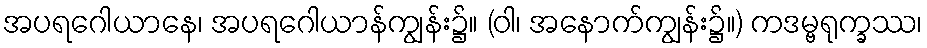
အပရဂေါယာနေ၊ အပရဂေါယာန်ကျွန်း၌။ (ဝါ၊ အနောက်ကျွန်း၌။) ကဒမ္ဗရုက္ခဿ၊